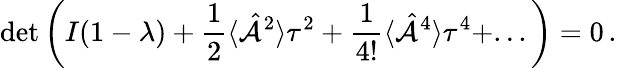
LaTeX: \textrm{det}\left(I(1-\lambda)+\frac{1}{2}\langle{\hat{\mathcal A}}^{2}\rangle\tau^{2}+\frac{1}{4!}\langle{\hat{\mathcal A}}^{4}\rangle\tau^{4}+...\right)=0\, .